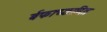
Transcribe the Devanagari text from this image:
र्बफाच्छादित